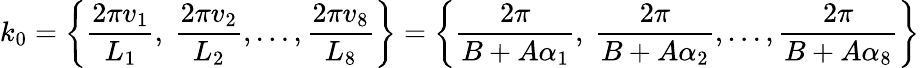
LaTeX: k_{0}=\left\{ \frac{2\pi v_{1}}{L_{1}},\ \frac{2\pi v_{2}}{L_{2}},\ldots,\frac{2\pi v_{8}}{L_{8}}\right\} =\left\{ \frac{2\pi}{B+A\alpha_{1}},\ \frac{2\pi}{B+A\alpha_{2}},\ldots,\frac{2\pi}{B+A\alpha_{8}}\right\}